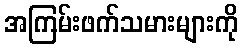
အကြမ်းဖက်သမားများကို